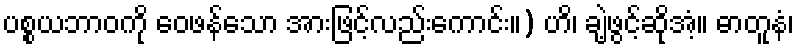
ပစ္စယဘာဝကို ဝေဖန်သော အားဖြင့်လည်းကောင်း။) ဟိ၊ ချဲ့ဖွင့်ဆိုအံ့။ ဓာတူနံ၊